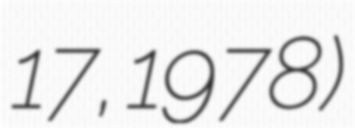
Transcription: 17, 1978)